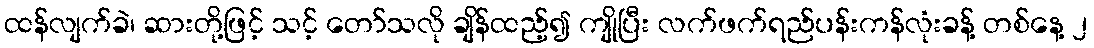
ထန်လျက်ခဲ၊ ဆားတို့ဖြင့် သင့် တော်သလို ချိန်ထည့်၍ ကျိုပြီး လက်ဖက်ရည်ပန်းကန်လုံးခန့် တစ်နေ့ ၂